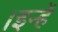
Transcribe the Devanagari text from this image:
।इन्हें